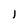
Character: J